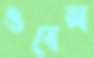
ওবেল